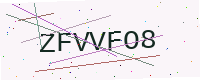
Text: ZFVVFO8